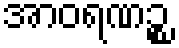
အာဝရဏဉ္စ